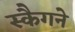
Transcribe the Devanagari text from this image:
स्कैगने